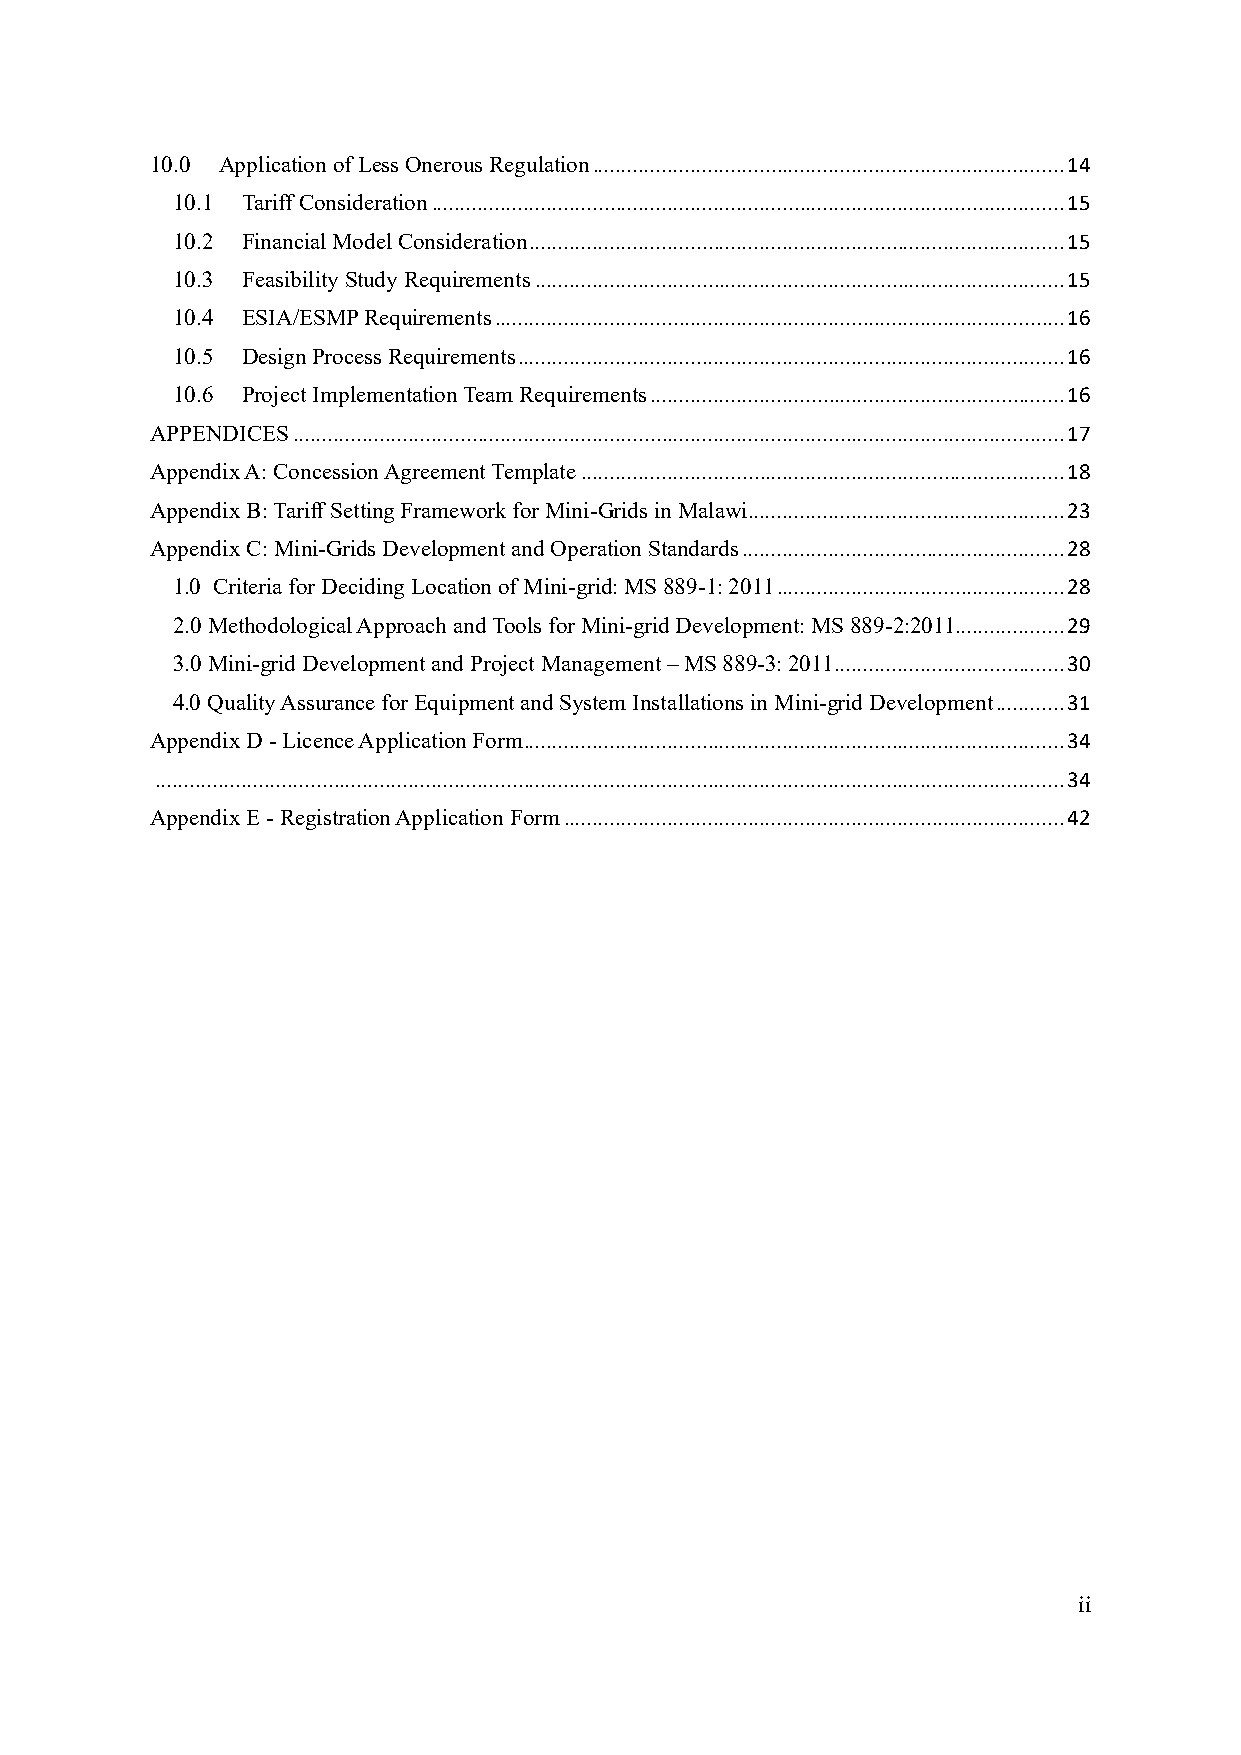
10.0 Application of Less Onerous Regulation .................................................................................. 14
 10.1 Tariff Consideration .............................................................................................................. 15
 10.2 Financial Model Consideration ............................................................................................. 15
 10.3 Feasibility Study Requirements ............................................................................................ 15
 10.4 ESIA/ESMP Requirements ................................................................................................... 16
 10.5 Design Process Requirements ............................................................................................... 16
 10.6 Project Implementation Team Requirements ........................................................................ 16
 APPENDICES ...................................................................................................................................... 17
 Appendix A: Concession Agreement Template .................................................................................... 18
 Appendix B: Tariff Setting Framework for Mini-Grids in Malawi ....................................................... 23
 Appendix C: Mini-Grids Development and Operation Standards ........................................................ 28
 1.0 Criteria for Deciding Location of Mini-grid: MS 889-1: 2011 .................................................. 28
 2.0 Methodological Approach and Tools for Mini-grid Development: MS 889-2:2011................... 29
 3.0 Mini-grid Development and Project Management – MS 889-3: 2011 ........................................ 30
 4.0 Quality Assurance for Equipment and System Installations in Mini-grid Development ............ 31
 Appendix D - Licence Application Form .............................................................................................. 34
 .............................................................................................................................................................. 34
 Appendix E - Registration Application Form ....................................................................................... 42
 ii